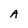
Character: A